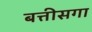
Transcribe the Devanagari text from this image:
बत्तीसगा